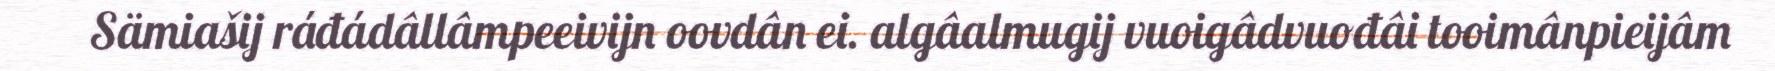
Sämiašij ráđádâllâmpeeivijn oovdân ei. algâalmugij vuoigâdvuođâi tooimânpieijâm